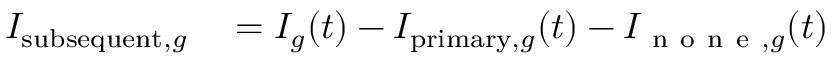
\begin{array} { r l } { I _ { \mathrm { s u b s e q u e n t } , g } } & { { } = I _ { g } ( t ) - I _ { \mathrm { p r i m a r y } , g } ( t ) - I _ { \mathrm { ~ n ~ o ~ n ~ e ~ } , g } ( t ) } \end{array}